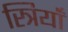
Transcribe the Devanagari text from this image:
स्त्रियाँं